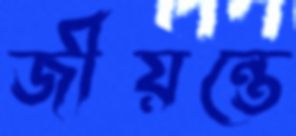
জীয়ন্তে